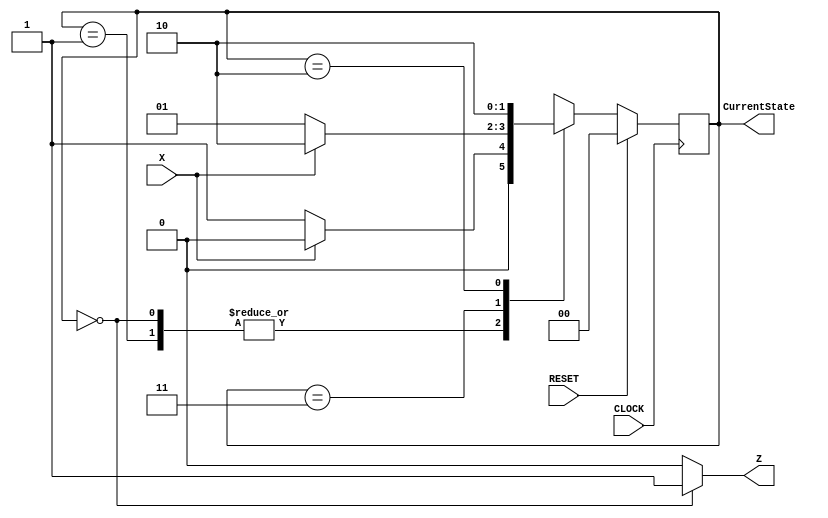
`timescale 1ns / 100ps

// ECE333 Homework #3 Problem 2
//check if this circuit has latches. Show where latches are on its schematic,
//and propose fixes to remove all latches.

module p2hw3latches2015fall(X, Z, RESET, CLOCK, CurrentState);

	input	X, RESET, CLOCK;
	output reg Z;


	// State variables
	output reg [1:0] CurrentState;
	reg [1:0] NextState;


	// State codes
	parameter	State0 = 0, State1 = 1, State2 = 2, State3 = 3;

	// Output logic
	always @ (CurrentState)
		if(CurrentState==State0) Z<=1;
		else if (CurrentState==State3) Z<=0;
		else Z<=0;
	
	// State registers
	always @ (posedge CLOCK)
		if (RESET==1) CurrentState <= State0; else CurrentState <= NextState;	
	//next state logic
	always@(CurrentState or X) 
		case (CurrentState)
		State0: if (X==0) NextState <= State1; else NextState <= State0;
		State1: if (X==0) NextState <= State1; else NextState <= State0;
		State3: if (X==0) NextState <= State1; else NextState <= State2;
		State2: NextState <= State2;
		endcase
endmodule